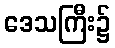
ဒေသကြီး၌